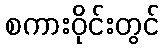
စကားဝိုင်းတွင်